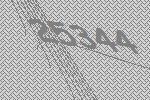
25344